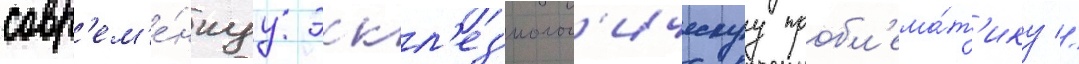
совр'ем'е́ннуу эккл'ез'иолог'ическуу пробл'ема́т'ику //